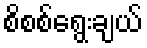
စိစစ်ရွေးချယ်